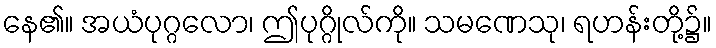
နေ၏။ အယံပုဂ္ဂလော၊ ဤပုဂ္ဂိုလ်ကို။ သမဏေသု၊ ရဟန်းတို့၌။